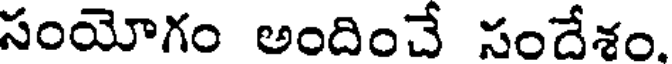
సంయోగం అందించే సందేశం.